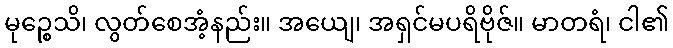
မုဉ္စေသိ၊ လွတ်စေအံ့နည်း။ အယျေ၊ အရှင်မပရိဗိုဇ်။ မာတရံ၊ ငါ၏